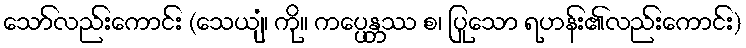
သော်လည်းကောင်း (သေယျံ၊ ကို။ ကပ္ပေန္တဿ စ၊ ပြုသော ရဟန်း၏လည်းကောင်း)